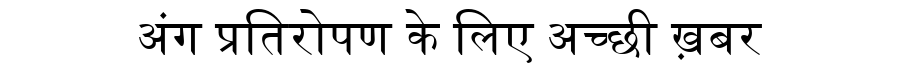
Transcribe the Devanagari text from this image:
अंग प्रतिरोपण के लिए अच्छी ख़बर